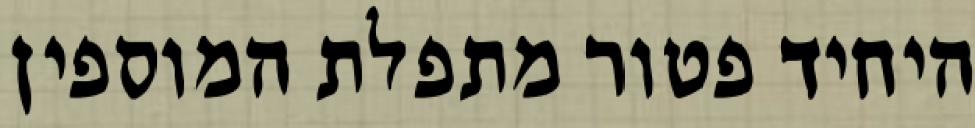
היחיד פטור מתפלת המוספין